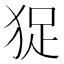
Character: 㹱